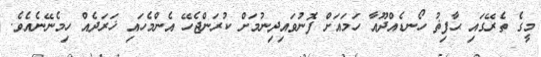
މީގެ ތެރޭގައި ޙާފިޡު ހޯނޑެއްދޫއާ ހަމައަށް ފޮނުވައިދިނުމަށް ކުރަންޖެހޭ އެންމެހައި ޚަރަދެއް ހިމެނޭނެއެވެ.